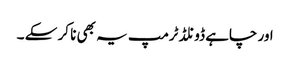
اور چاہے ڈونلڈ ٹرمپ یہ بھی نا کر سکے ۔